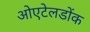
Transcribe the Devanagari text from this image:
ओएटेलडोंक